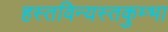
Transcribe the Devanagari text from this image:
हस्तविन्यस्तकुम्भा